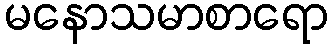
မနောသမာစာရော